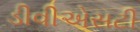
ડીવીએસટી